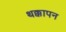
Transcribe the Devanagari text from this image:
थक्कापन